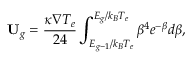
{ { \bf { U } } _ { g } } = \frac { { \kappa \nabla { T _ { e } } } } { { 2 4 } } \int _ { { E _ { g - 1 } } / { k _ { B } } { T _ { e } } } ^ { { E _ { g } } / { k _ { B } } { T _ { e } } } { { \beta ^ { 4 } } { e ^ { - \beta } } d \beta } ,